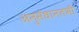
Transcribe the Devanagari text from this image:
अनुसंधानतभी